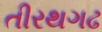
તીરથગઢ